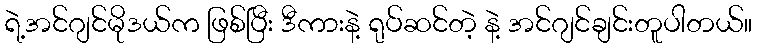
ရဲ့အင်ဂျင်မိုဒယ်က ဖြစ်ပြီး ဒီကားနဲ့ ရုပ်ဆင်တဲ့ နဲ့ အင်ဂျင်ချင်းတူပါတယ်။